Annual report of the Central Committee of the Association together with the report of the directors of the Pasteur Institute at Kasauli
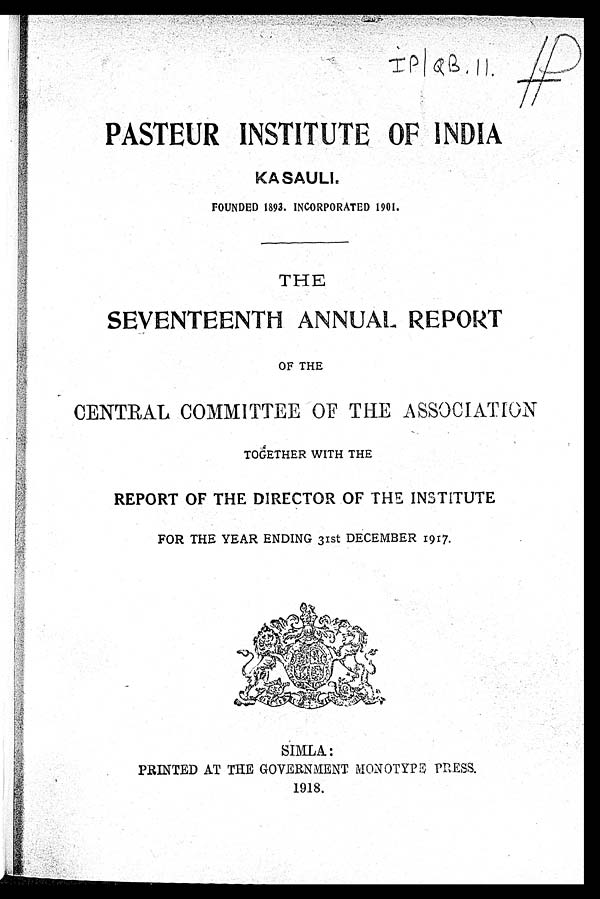
PASTEUR INSTITUTE OF INDIA
KASAULI.
FOUNDED 1893. INCORPORATED 1901.
THE
SEVENTEENTH ANNUAL REPORT
OF THE
CENTRAL COMMITTEE OF THE ASSOCIATION
TOGETHER WITH THE
REPORT OF THE DIRECTOR OF THE INSTITUTE
FOR THE YEAR ENDING 31st DECEMBER 1917.
SIMLA:
PRINTED AT THE GOVERNMENT MONOTYP PRESS.
1918.